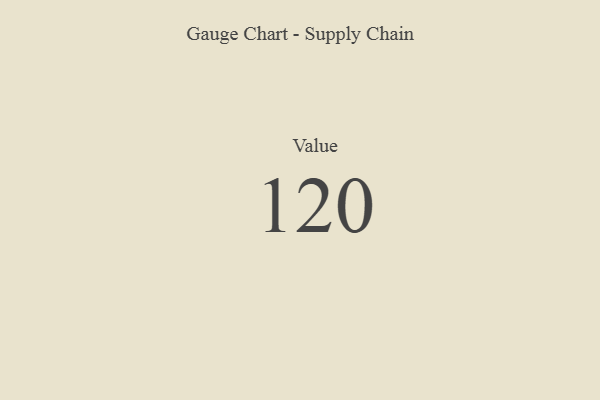
{"axis": {"x": "Metric", "y": "Value"}, "legend": [""], "data": [{"x": "Value", "y": 120, "type": ""}]}